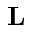
\mathbf { L }